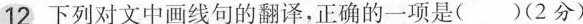
12下列对文中画线句的翻译，正确的一项是( )(2分)